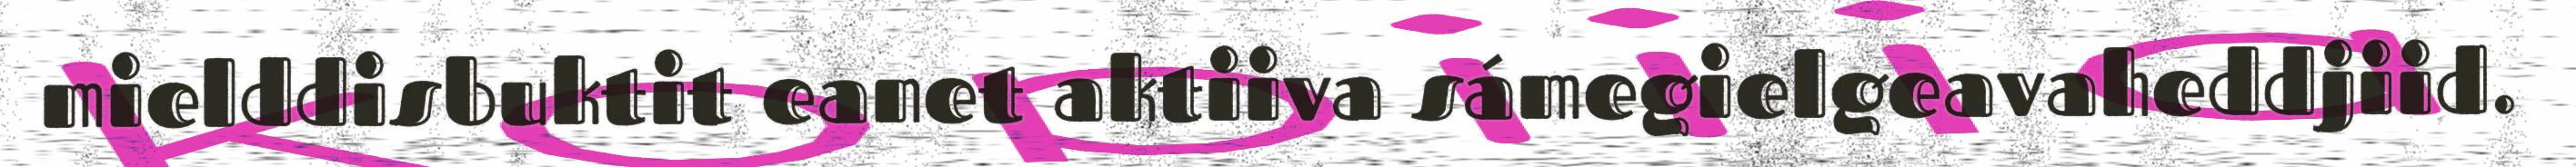
mielddisbuktit eanet aktiiva sámegielgeavaheddjiid.